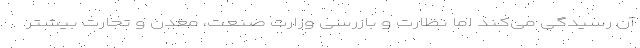
آن رسیدگی می‌کند اما نظارت و بازرسی وزارت صنعت، معدن و تجارت بیشتر